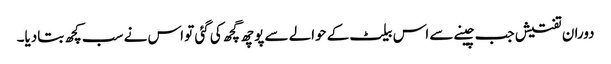
دوران تفتیش جب چینے سے اس بیلٹ کے حوالے سے پوچھ گچھ کی گئی تو اس نے سب کچھ بتادیا۔